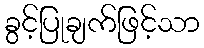
ခွင့်ပြုချက်ဖြင့်သာ